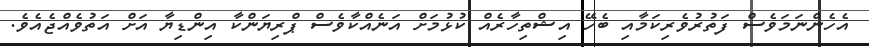
އެހެންނަމަވެސް ފަތުރުވެރިކަމާއި ބެހޭ އިޝްތިހާރެއް ކުޅުމަށް އަނެއްކާވެސް ޕްރިޔަންކާ އިންޑިޔާ އަށް އަތުވެއްޖެއެވެ.